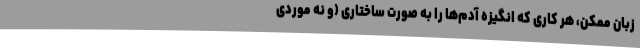
زبان ممکن، هر کاری که انگیزه آدم‌ها را به صورت ساختاری (و نه موردی